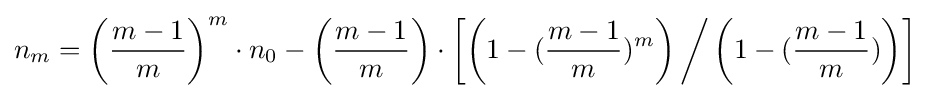
n_{m}=\left({\frac {m-1}{m}}\right)^{m}\cdot n_{0}-\left({\frac {m-1}{m}}\right)\cdot \left[\left(1-({\frac {m-1}{m}})^{m}\right){\bigg /}\left(1-({\frac {m-1}{m}})\right)\right]